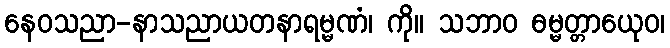
နေဝသညာ-နာသညာယတနာရမ္မဏံ၊ ကို။ သဘာဝ ဓမ္မတ္တာယေုဝ၊